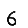
Digit: 6